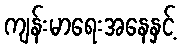
ကျန်းမာရေးအနေနှင့်